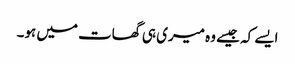
ایسے کہ جیسے وہ میری ہی گھات میں ہو۔